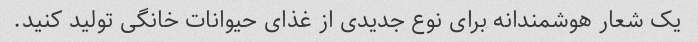
یک شعار هوشمندانه برای نوع جدیدی از غذای حیوانات خانگی تولید کنید.